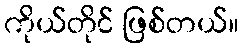
ကိုယ်တိုင် ဖြစ်တယ်။